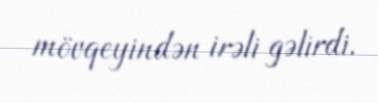
mövqeyindən irəli gəlirdi.